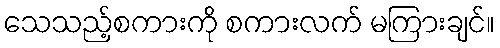
သေသည့်စကားကို စကားလက် မကြားချင်။